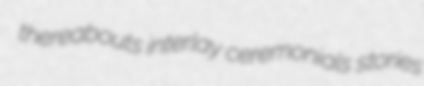
thereabouts interlay ceremonials stories